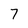
Character: 7